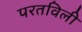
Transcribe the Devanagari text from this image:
परतविली